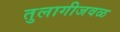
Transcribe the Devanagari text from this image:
तुलागीजवळ